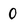
Character: 0